65_HS1-834228961_62-HQ-83894_Serial_449
Agency: FBI
Page 9
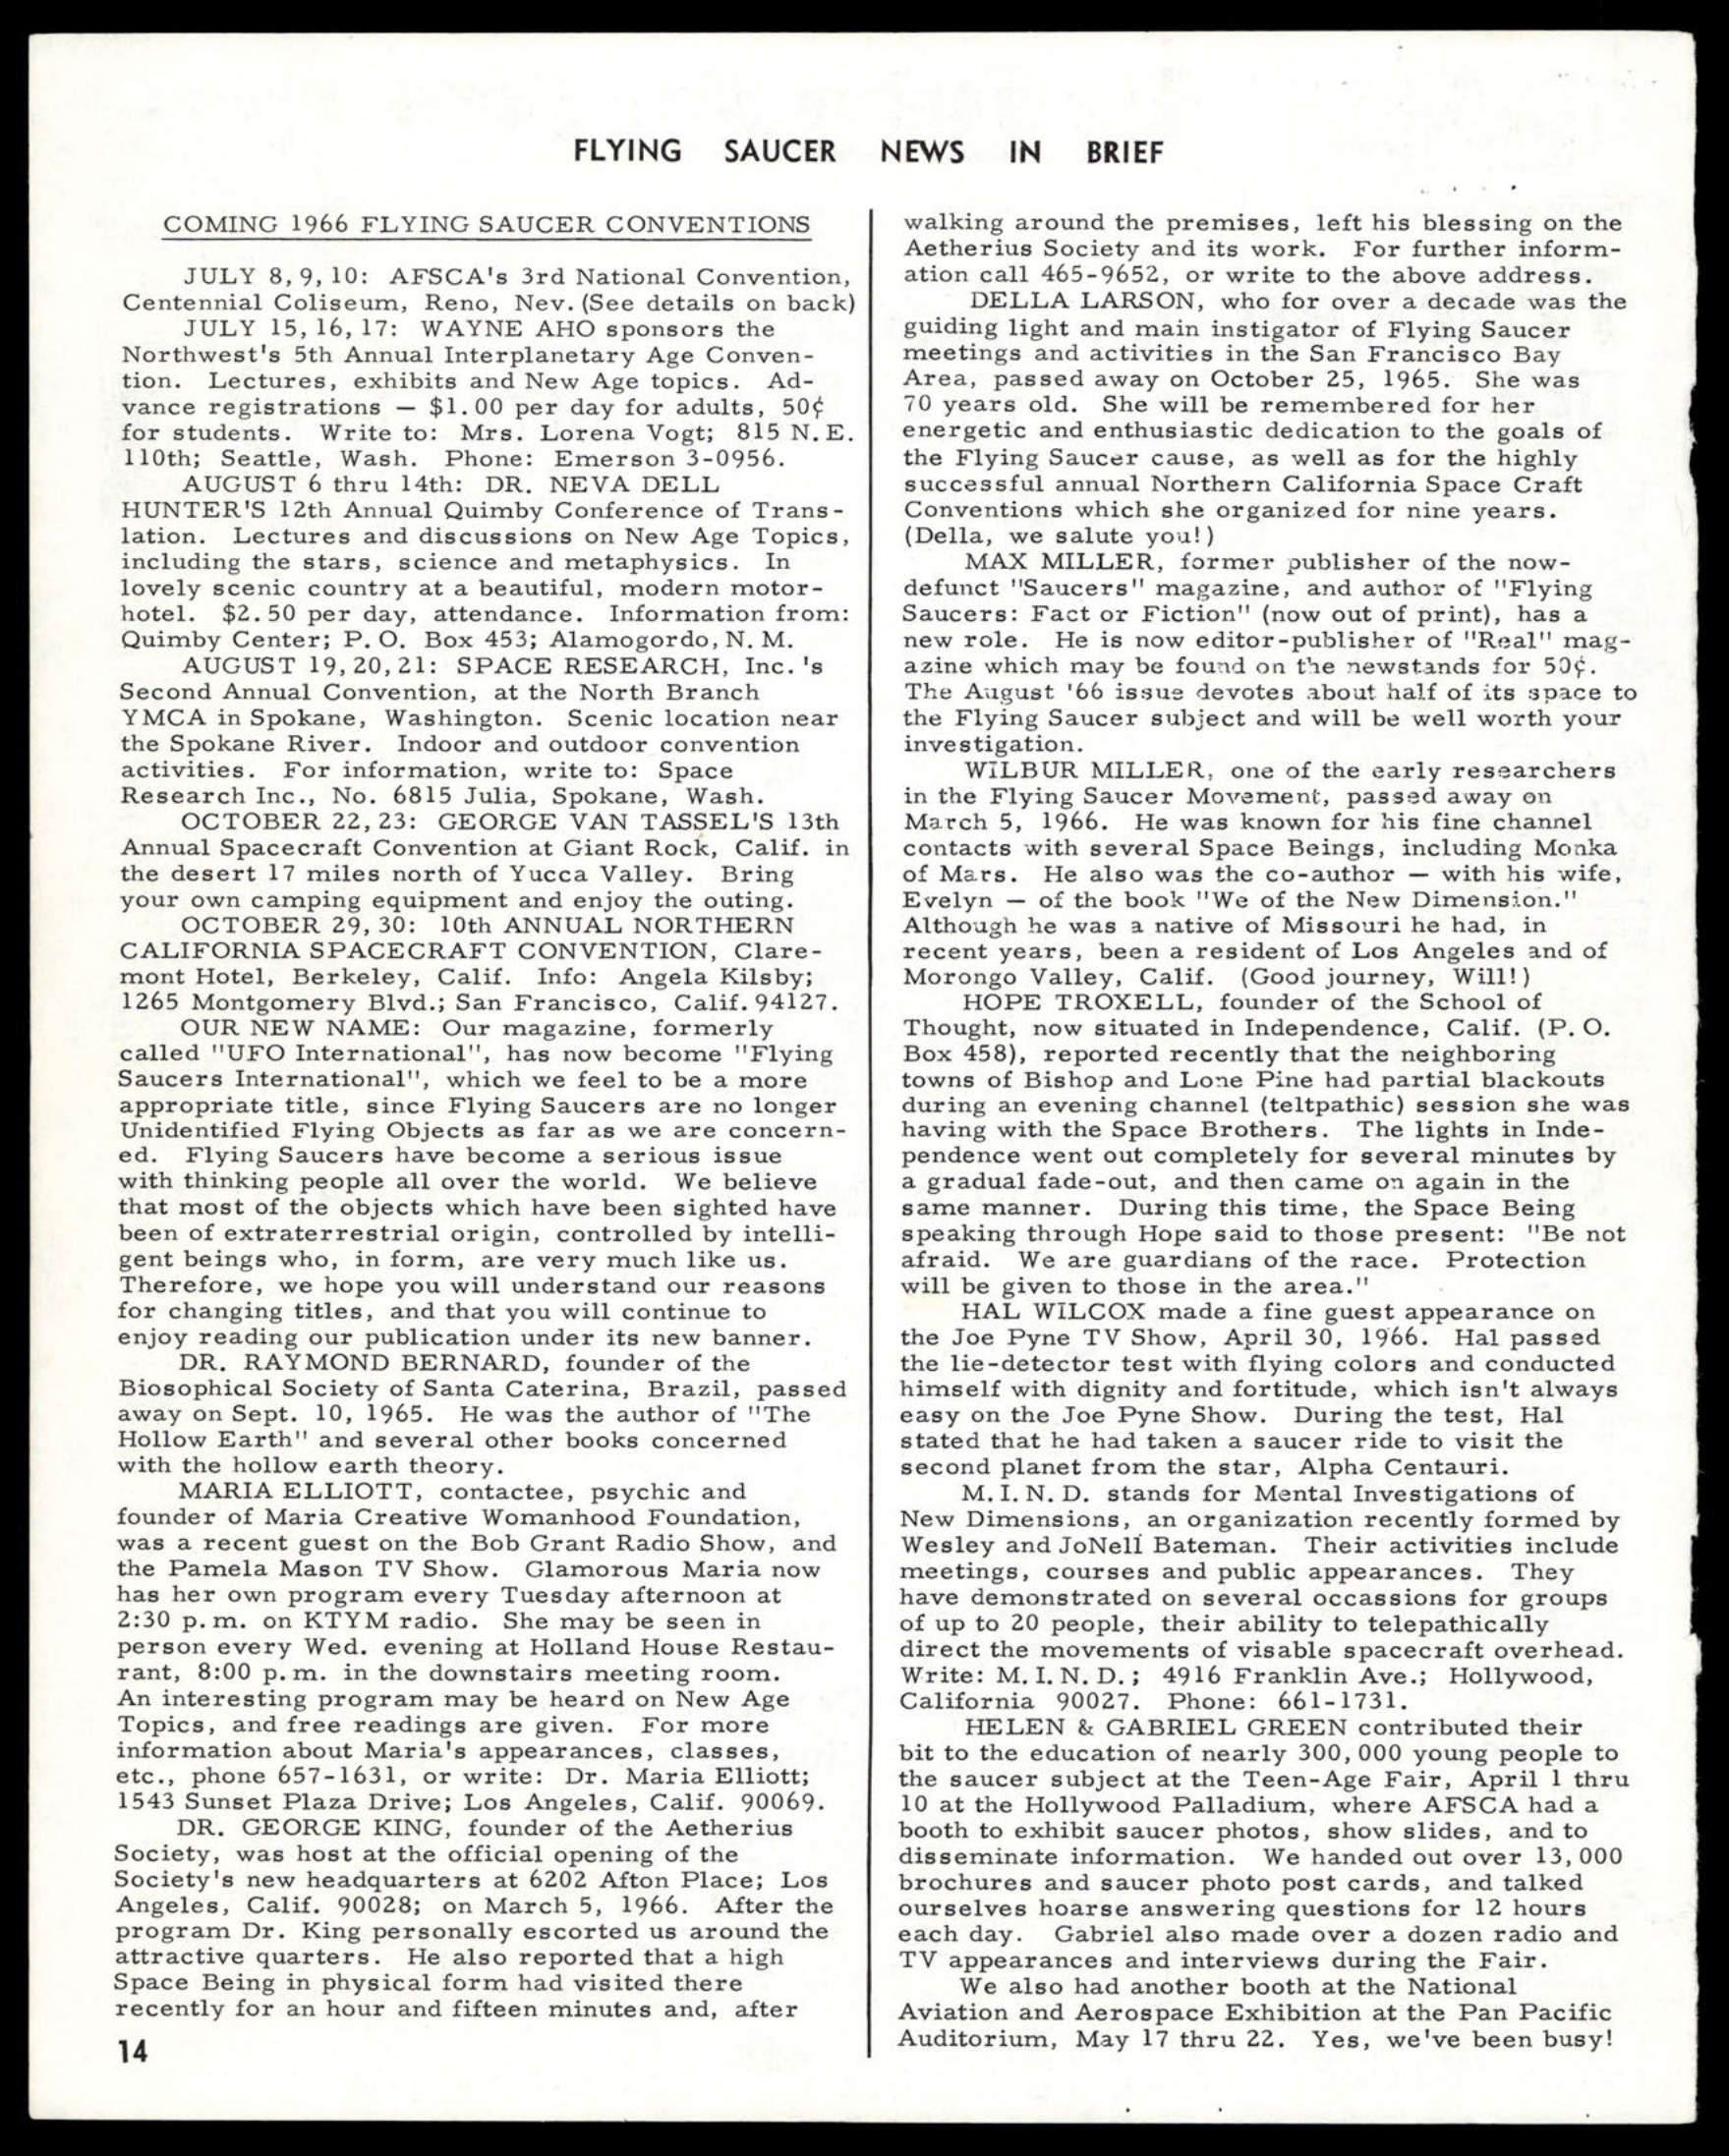